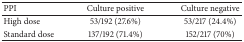
| PPI | Culture positive | Culture negative |
 | --- | --- | --- |
 | High dose | 53/192 (27.6%) | 53/217 (24.4%) |
 | Standard dose | 137/192 (71.4%) | 152/217 (70%) |